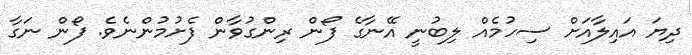
ދިޔަ އައިލާއަށް ސިހުމެއް ލިބުނީ އޭނާގެ ފޯން ރިންގުވާން ފެށުމުންނެވެ. ފޯން ނަގާ